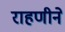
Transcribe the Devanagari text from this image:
राहणीने